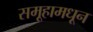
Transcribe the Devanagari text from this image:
समूहामधून